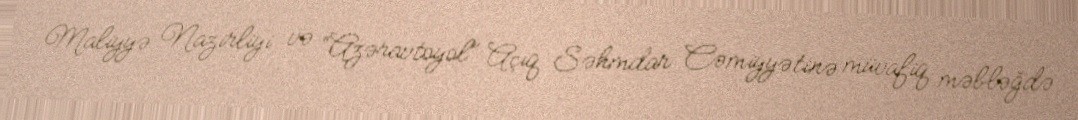
Maliyyə Nazirliyi və “Azəravtoyol” Açıq Səhmdar Cəmiyyətinə müvafiq məbləğdə